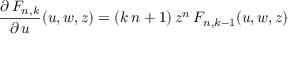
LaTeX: \frac { \partial \, F _ { n , k } } { \partial \, u } ( u , w , z ) = ( k \, n + 1 ) \, z ^ { n } \, F _ { n , k - 1 } ( u , w , z )